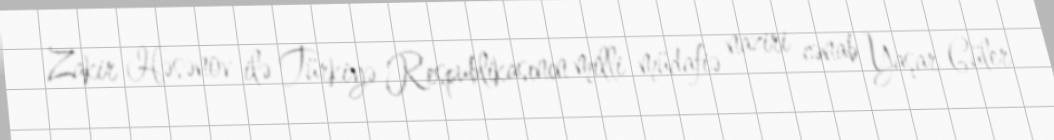
Zakir Həsənov ilə Türkiyə Respublikasının milli müdafiə naziri cənab Yaşar Güler